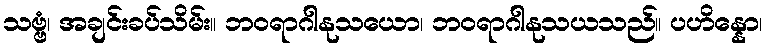
သဗ္ဗံ၊ အချင်းခပ်သိမ်း။ ဘဝရာဂါနုသယော၊ ဘဝရာဂါနုသယသည်။ ပဟိန္နော၊